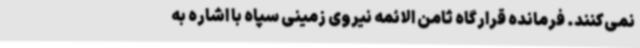
نمی‌کنند. فرمانده قرارگاه ثامن الائمه نیروی زمینی سپاه با اشاره به